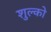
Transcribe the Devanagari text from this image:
शुल्को